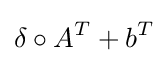
\delta \circ A^{T}+b^{T}